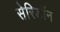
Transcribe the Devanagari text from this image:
सेरिडॉन